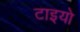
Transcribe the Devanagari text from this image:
टाइयो